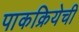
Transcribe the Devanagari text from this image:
पाकक्रियेची